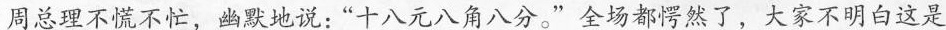
周总理不慌不忙，幽默地说：“十八元八角八分。”全场都愕然了，大家不明白这是